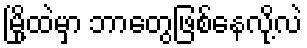
မြို့ထဲမှာ ဘာတွေဖြစ်နေလို့လဲ